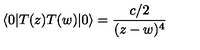
\langle 0 | T ( z ) T ( w ) | 0 \rangle = \frac { c / 2 } { ( z - w ) ^ { 4 } }